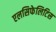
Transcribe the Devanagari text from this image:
एलसिफेलिटिस